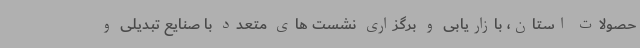
حصولات استان، بازاریابی و برگزاری نشست های متعدد با صنایع تبدیلی و